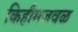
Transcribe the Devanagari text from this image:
किहीमजवळ